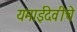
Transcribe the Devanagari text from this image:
यमाईदेवीचे